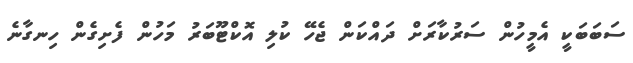
ސަބަބަކީ އެމީހުން ސަރުކާރަށް ދައްކަން ޖެހޭ ކުލި އޮކްޓޫބަރު މަހުން ފެށިގެން ހިނގާނެ